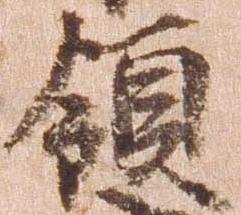
領